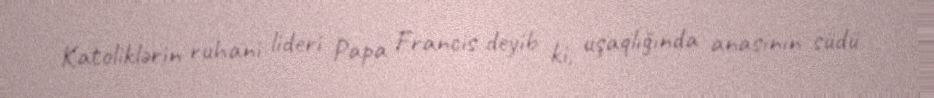
Katoliklərin ruhani lideri Papa Francis deyib ki, uşaqlığında anasının südü